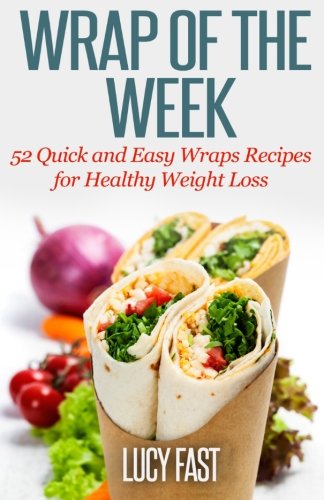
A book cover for Wrap of The Week: 52 Quick and Easy Wraps Recipes for Healthy Weight Loss; Lucy Fast; Cookbooks, Food & Wine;